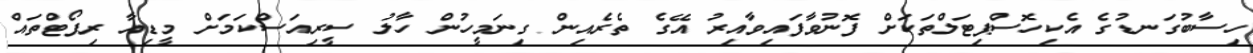
ހިސާބުގަނޑުގެ އެކިހޮސްޕިޓަލްތަކަށް ފޮނުވާފައިވާއިރު އޭގެ ތެރެއިން ގިނަމީހުން ހާލު ސީރިއަސްކަމަށް މީޑިއާ ރިޕޯޓްތައް